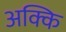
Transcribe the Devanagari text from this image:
अक्कि